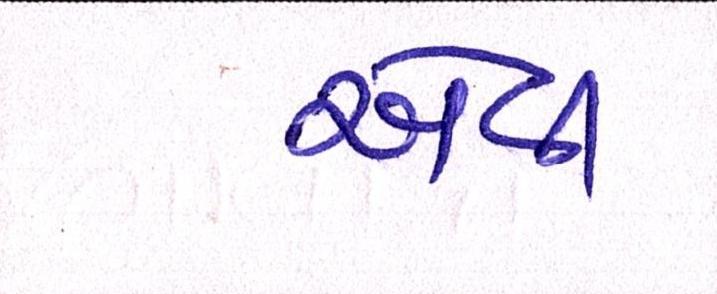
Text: એવી